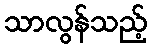
သာလွန်သည့်